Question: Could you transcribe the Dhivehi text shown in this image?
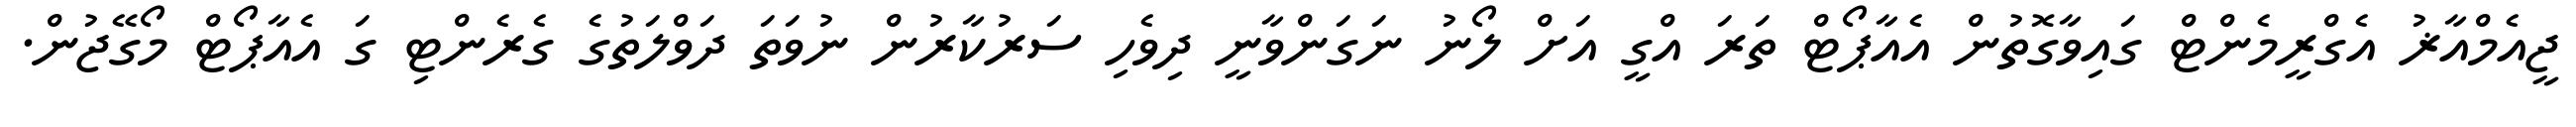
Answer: ޖީއެމްއާޜު އެގްރީމެންޓް ގައިވާގޮތުން އެއާޕޯޓް ތަރަ އްގީ އަށް ލޯނު ނަގަންވާނީ ދިވެހި ސަރުކާރުން ނުވަތަ ދަވްލަތުގެ ގެރެންޓި ގަ އެއާޕޯޓް މޯގޭޖުން.